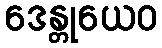
ဒေန္တုယေဝ